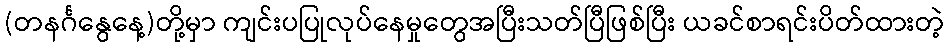
(တနင်္ဂနွေနေ့)တို့မှာ ကျင်းပပြုလုပ်နေမှုတွေအပြီးသတ်ပြီဖြစ်ပြီး ယခင်စာရင်းပိတ်ထားတဲ့